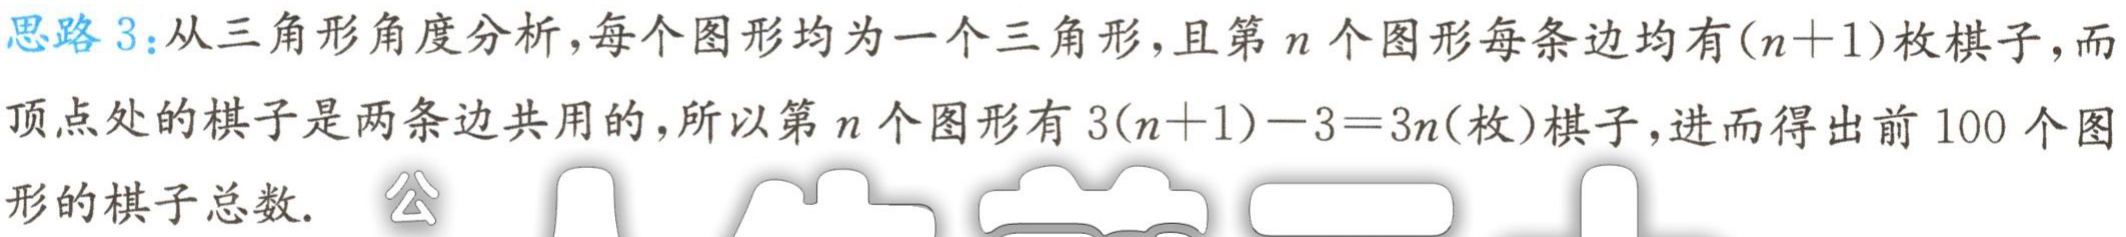
思路 3：从三角形角度分析，每个图形均为一个三角形，且第 \(n\) 个图形每条边均有\((n + 1)\)枚棋子，而顶点处的棋子是两条边共用的，所以第 \(n\) 个图形有 \(3(n + 1)-3 = 3n\)(枚)棋子，进而得出前 100 个图形的棋子总数. 公